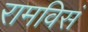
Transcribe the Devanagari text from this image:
रामविसं